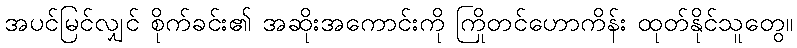
အပင်မြင်လျှင် စိုက်ခင်း၏ အဆိုးအကောင်းကို ကြိုတင်ဟောကိန်း ထုတ်နိုင်သူတွေ။